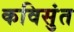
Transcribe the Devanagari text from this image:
कविसुंत